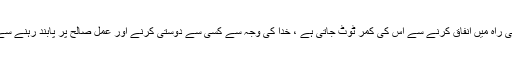
آنحضرت نے جواب میں فرمایا ''روزہ شیطان کے چہرےکو سیاہ کرتاہے ، خدا کی راہ میں انفاق کرنے سے اس کی کمر ٹوٹ جاتی ہے ، خدا کی وجہ سے کسی سے دوستی کرنے اور عمل صالح پر پابند رہنے سے اس کی امید ٹوٹ جاتی ہے اور استغفار اس کے دل کی رگ کو کاٹ دیتی ہے ''۔